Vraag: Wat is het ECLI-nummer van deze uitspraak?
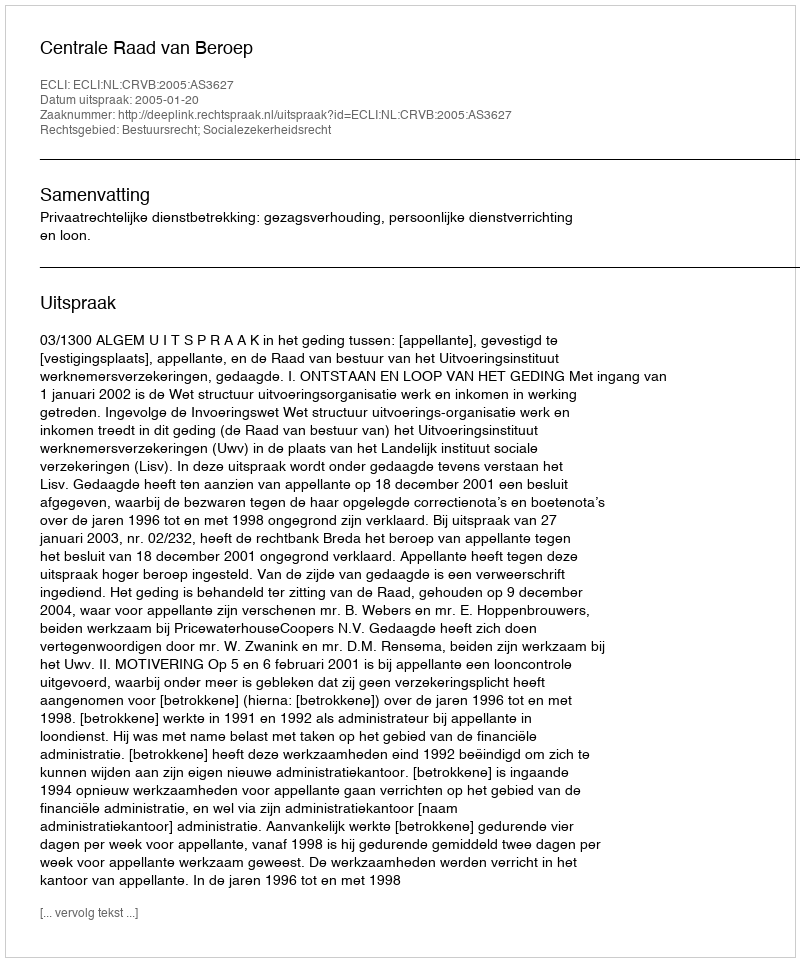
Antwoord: ECLI:NL:CRVB:2005:AS3627